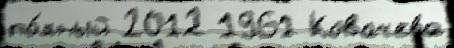
по́лный 2012 1961 Ковачева